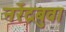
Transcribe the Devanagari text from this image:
नरेंद्रबुवा